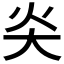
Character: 𡗩